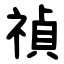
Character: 禎